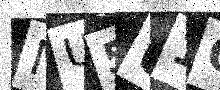
Text: MU5U1Q